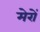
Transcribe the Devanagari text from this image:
मेरों